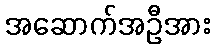
အဆောက်အဦအား